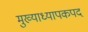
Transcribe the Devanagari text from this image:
मुख्याध्यापकपद